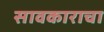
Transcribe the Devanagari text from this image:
सावकाराचा